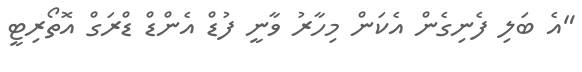
"އެ ބަލި ފެނިގެން އެކަން މިހާރު ވާނީ ފުޑް އެންޑް ޑްރަގް އޮތޯރިޓީ